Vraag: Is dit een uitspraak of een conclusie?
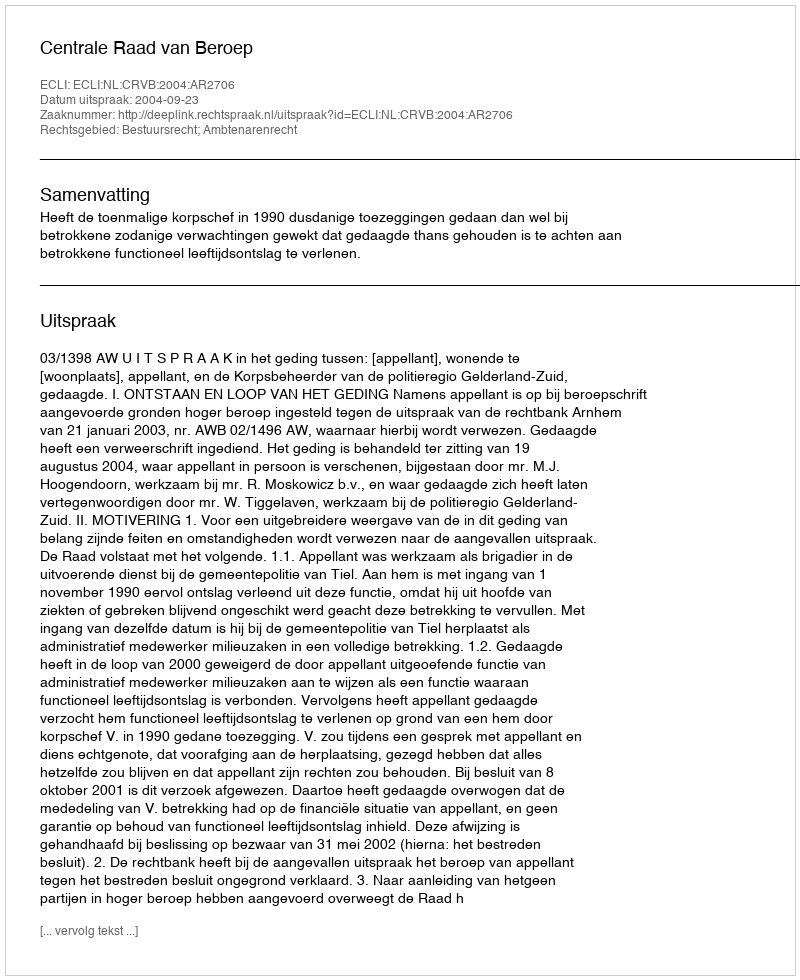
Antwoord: Uitspraak